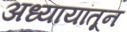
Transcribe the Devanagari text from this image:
अध्यायांतून